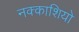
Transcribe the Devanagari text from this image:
नक्‍काशियो